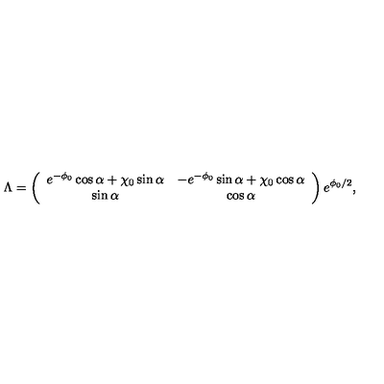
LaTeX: \Lambda = \left( \begin{array} { c c } { e ^ { - \phi _ { 0 } } \cos \alpha + \chi _ { 0 } \sin \alpha } & { - e ^ { - \phi _ { 0 } } \sin \alpha + \chi _ { 0 } \cos \alpha } \\ { \sin \alpha } & { \cos \alpha } \\ \end{array} \right) e ^ { \phi _ { 0 } / 2 } ,